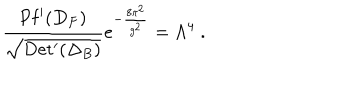
\frac { \mathrm { P f ^ { \prime } } ( D _ { F } ) } { \sqrt { \mathrm { D e t ^ { \prime } } ( \Delta _ { B } ) } } e ^ { - \frac { 8 \pi ^ { 2 } } { g ^ { 2 } } } = \Lambda ^ { 4 } ~ .